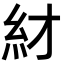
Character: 䊷